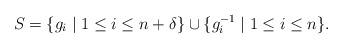
LaTeX: \begin{align*}S=\{ g_i\mid 1\leq i\leq n+\delta\}\cup\{g^{-1}_i\mid 1\leq i\leq n\}.\end{align*}